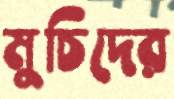
মুচিদের